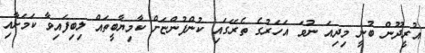
އުރީދޫން ބުނީ މިދިއަ ނުވަ އަހަރުގެ ތެރޭގައި ކުންފުންޏަށް ކާމިޔާބީތައް ލިބިފައިވާ ކަމަށާއި